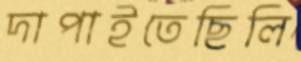
দাপাইতেছিলি